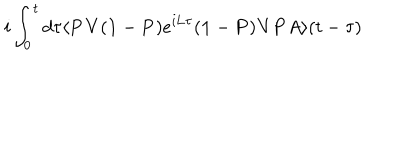
i \int _ { 0 } ^ { t } d \tau \langle { \bf P V } ( { \bf 1 } - { \bf P } ) e ^ { i { \bf L } \tau } ( { \bf 1 } - { \bf P } ) { \bf V P } A \rangle ( t - \tau )